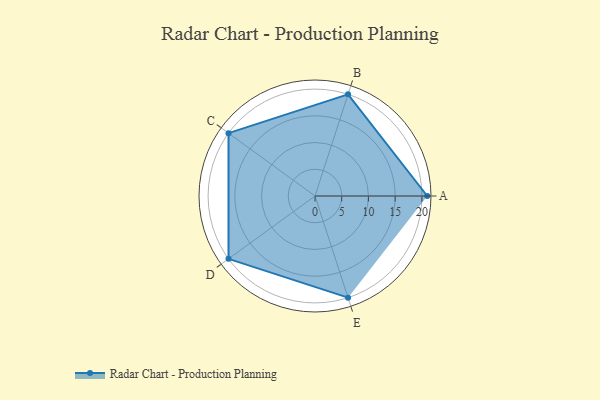
{"axis": {"x": "Skill", "y": "Score"}, "legend": ["Profile"], "data": [{"x": "A", "y": 21.0, "type": "Profile"}, {"x": "B", "y": 20, "type": "Profile"}, {"x": "C", "y": 20, "type": "Profile"}, {"x": "D", "y": 20, "type": "Profile"}, {"x": "E", "y": 20, "type": "Profile"}]}